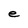
Character: e